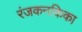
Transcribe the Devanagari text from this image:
रंजकनकिका